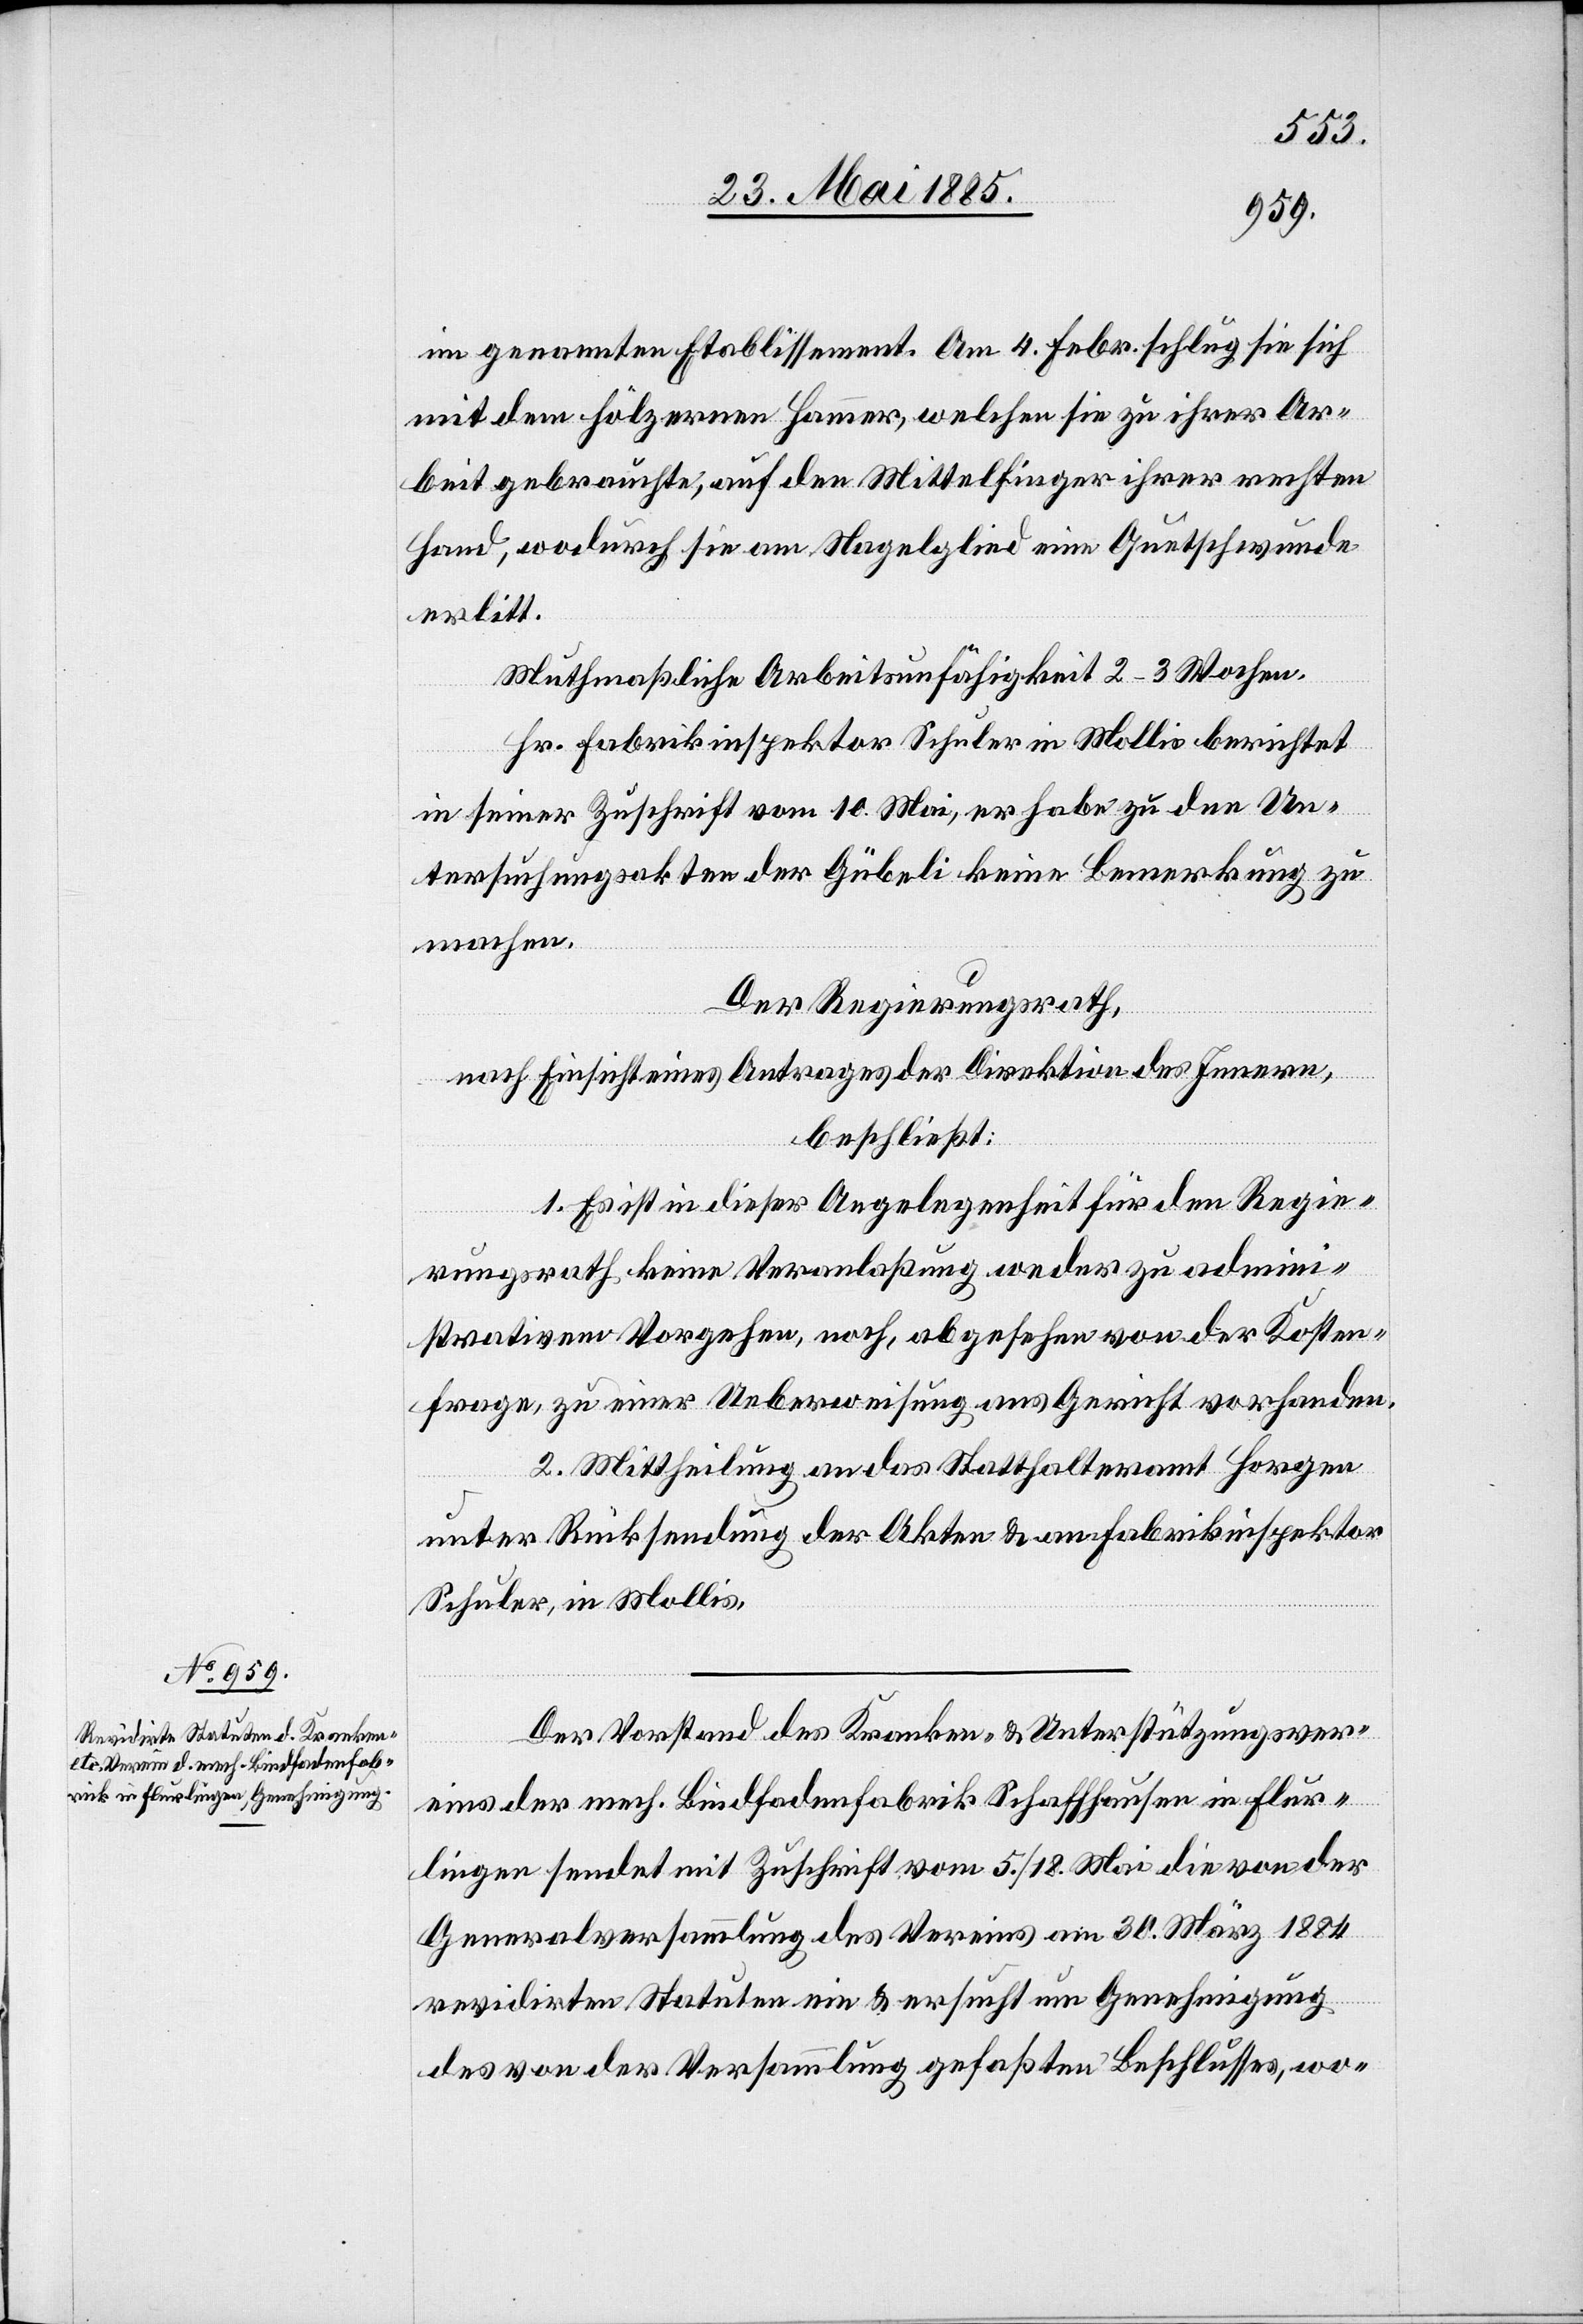
im genannten Etablissement. Am 4. Febr. schlug sie sich
mit dem hölzernen Hammer, welchen sie zu ihrer Ar¬
beit gebrauchte, auf den Mittelfinger ihrer rechten
Hand, wodurch sie am Nagelglied eine Quetschwunde
erlitt.
Mutmaßliche Arbeitsunfähigkeit 2–3 Wochen.
Hr. Fabrikinspektor Schuler in Mollis berichtet
in seiner Zuschrift vom 10. Mai, er habe zu den Un¬
tersuchungsakten der Gübeli keine Bemerkung zu
machen.
Der Regierungsrath,
nach Einsicht eines Antrages der Direktion des Innern,
beschließt:
1. Es ist in dieser Angelegenheit für den Regie¬
rungsrath keine Veranlaßung weder zu admini¬
strativem Vorgehen, noch, abgesehen von der Kosten¬
frage, zu einer Ueberweisung ans Gericht vorhanden.
2. Mittheilung an das Statthalteramt Horgen
unter Rücksendung der Akten & an Fabrikinspektor
Schuler, in Mollis.
Der Vorstand des Kranken- & Unterstützungsver¬
eins der mech. Bindfadenfabrik Schaffhausen in Flur¬
lingen sendet mit Zuschrift vom 5./18. Mai die von der
Generalversammlung des Vereins am 30. März 1884
revidirten Statuten ein & ersucht um Genehmigung
des von der Versammlung gefaßten Beschlusses, wo-